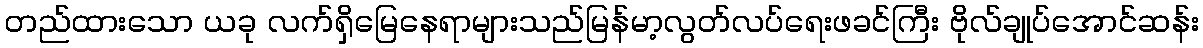
တည်ထားသော ယခု လက်ရှိမြေနေရာများသည်မြန်မာ့လွတ်လပ်ရေးဖခင်ကြီး ဗိုလ်ချုပ်အောင်ဆန်း